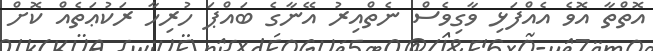
އޮތްތާ އޮވެ އެއްފަޅި ވާގިވެސް ނެތްއިރު އޭނާގެ ބައްޕަ ހުރިހާ ރަކުޢަތެއް ކޮށް